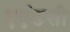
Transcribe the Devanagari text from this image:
एएंडसी